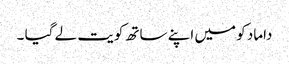
داماد کو میں اپنے ساتھ کویت لے گیا ۔